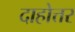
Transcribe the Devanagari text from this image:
दाहोत्तर